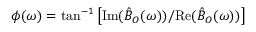
\phi ( \omega ) = \tan ^ { - 1 } \left[ \mathrm { I m } ( \hat { B } _ { O } ( \omega ) ) / \mathrm { R e } ( \hat { B } _ { O } ( \omega ) ) \right]